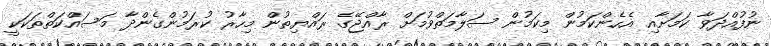
ނުފުއްދަވާ ކަމަށާއި އެހެންކަމުން މިކަމުން ސަލާމަތްވުމަށް ރާއްޖޭގެ ރައްޔިތުން މިހާރު ކުރަމުންގެންދާ މަސައްކަތްތަކަކީ